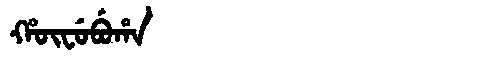
Manchu: ᡥᡡᠸᡠᠪᡠᡥᠠ
Romanization: HŪFUBUHA